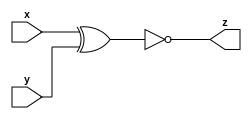
module gac_xnor_gate (x, y, z);
  input x;
  input y;
  output z;
  
  assign z = ~(x^y) ;
  
  
endmodule